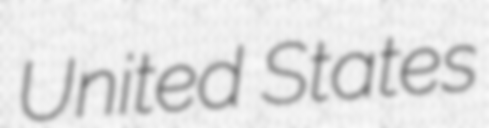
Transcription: United States